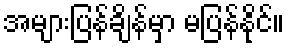
အများပြန်ချိန်မှာ မပြန်နိုင်။